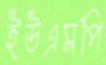
ইউএমপি